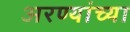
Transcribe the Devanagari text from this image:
अरण्यांच्या